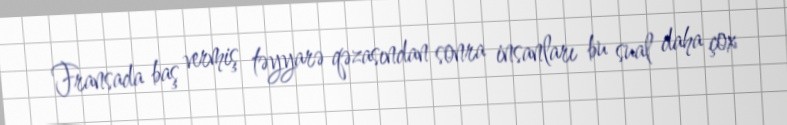
Fransada baş vermiş təyyarə qəzasından sonra insanları bu sual daha çox